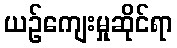
ယဉ်ကျေးမှုဆိုင်ရာ